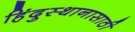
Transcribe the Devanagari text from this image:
हिंदुस्थानासाठी